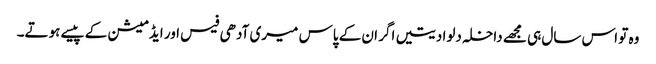
وہ تو اس سال ہی مجھے داخلہ دلوا دیتیں اگر ان کے پاس میری آدھی فیس اور ایڈمیشن کے پیسے ہوتے۔